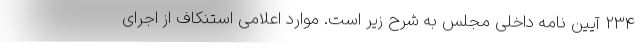
234 آیین نامه داخلی مجلس به شرح زیر است. موارد اعلامی استنکاف از اجرای